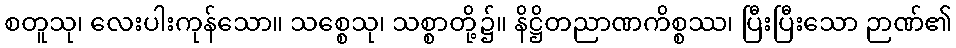
စတူသု၊ လေးပါးကုန်သော။ သစ္စေသု၊ သစ္စာတို့၌။ နိဋ္ဌိတညာဏကိစ္စဿ၊ ပြီးပြီးသော ဉာဏ်၏